Distribution and causation of leprosy in British India
Year: 1875
Disease focus: Leprosy
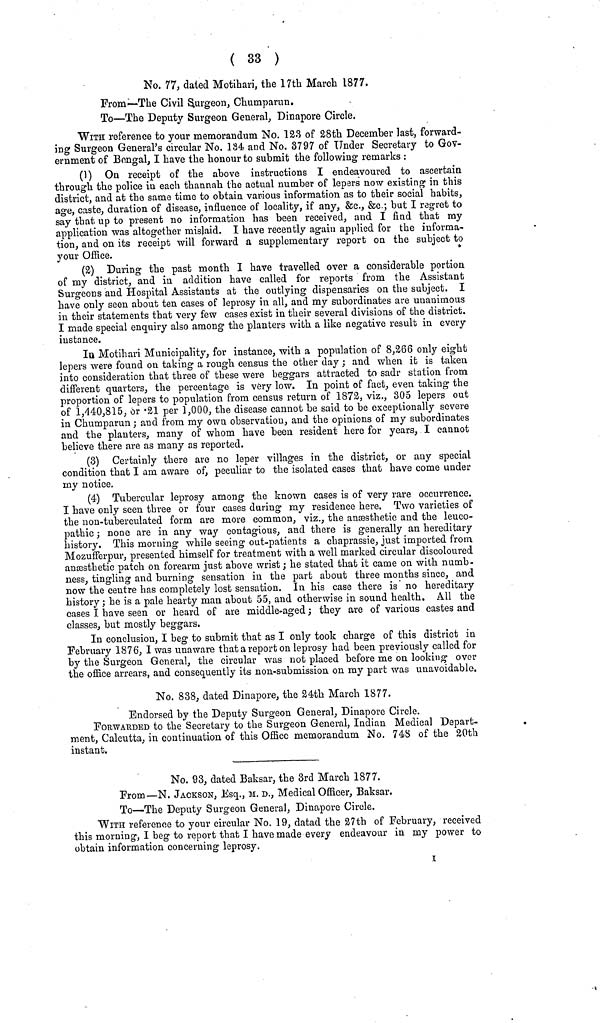
( 33 )
No. 77, dated Motihari, the 17th March 1877.
From—The Civil Burgeon, Chumparun.
To—The Deputy Surgeon General, Dinapore Circle.
WITH reference to your memorandum No. 123 of 28th December last, forward-
ing Surgeon General's circular No. 184 and No. 3797 of Tinder Secretary to Gov-
ernment of Bengal, I have the honour to submit the following remarks :
(1) On receipt of the above instructions I endeavoured to ascertain
through the police in each thannah the actual number of lepers now existing in this
district, and at the same time to obtain various information as to their social habits,
age, caste, duration of disease, influence of locality, if any, &c., &c.; but I regret to
say that up to present no information has been received, and I find that my
application was altogether mislaid. I have recently again applied for the informa-
tion, and on its receipt will forward a supplementary report on the subject to
your Office.
(2) During the past month I have travelled over a considerable portion
of my district, and in addition have called for reports from the Assistant
Surgeons and Hospital Assistants at the outlying dispensaries on the subject. I
have only seen about ten cases of leprosy in all, and my subordinates are unanimous
in their statements that very few cases exist in their several divisions of the district.
I made special enquiry also among the planters with a like negative result in every
instance.
In Motihari Municipality, for instance, with a population of 8,266 only eight
lepers were found on taking a rough census the other day ; and when it is taken
into consideration that three of these were beggars attracted to sadr station from
different quarters, the percentage is very low. In point of fact, even taking the
proportion of lepers to population from census return of 1872, viz., 305 lepers out
of 1,440,815, òr ·21 per 1,000, the disease cannot be said to be exceptionally severe
in Chumparun ; and from my own observation, and the opinions of my subordinates
and the planters, many of whom have been resident here for years, I cannot
believe there are as many as reported.
(3) Certainly there are no leper villages in the district, or any special
condition that I am aware of, peculiar to the isolated cases that have come under
ray notice.
(4) Tubercular leprosy among the known cases is of very rare occurrence.
I have only seen three or four cases during my residence here. Two varieties of
the nou-tuberculated form are more common, viz., the anæesthetic and the leueo-
pathic ; none are in any way contagious, and there is generally an hereditary
history. This morning while seeing out-patients a chaprassie, just imported from
Mozufferpur, presented himself for treatment with a well marked circular discoloured
anæesthetic patch on forearm just above wrist ; he stated that it came on with numb-
ness, tingling and burning sensation in the part about three months since, and
now the centre has completely lost sensation. In his case there is no hereditary
history ; he is a pale hearty man about 55, and otherwise in sound health. All the
cases I have seen or heard of are middle-aged ; they are of various castes and
classes, but mostly beggars.
In conclusion, I beg to submit that as I only took charge of this district in
February 1876, I was unaware that a report on leprosy had been previously called for
by the Surgeon General, the circular was not placed before me on looking over
the office arrears, and consequently its non-submission on my part was unavoidable.
No. 838, dated Dinapore, the 24th March 1877.
Endorsed by the Deputy Surgeon General, Dinapore Circle.
FORWArDED to the Secretary to the Surgeon General, Indian Medical Depart-
ment, Calcutta, in continuation of this Office memorandum No. 748 of the 20th
instant.
No. 93, dated Baksar, the 3rd March 1877.
From—N. JACKSON, Esq., M. D., Medical Officer, Baksar.
To—The Deputy Surgeon General, Dinapore Circle.
WITH reference to your circular No. 19, datad the 27th of February, received
this morning, I beg to report that I have made every endeavour in my power to
obtain information concerning leprosy.
I